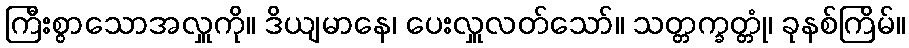
ကြီးစွာသောအလှူကို။ ဒိယျမာနေ၊ ပေးလှူလတ်သော်။ သတ္တက္ခတ္တုံ၊ ခုနစ်ကြိမ်။